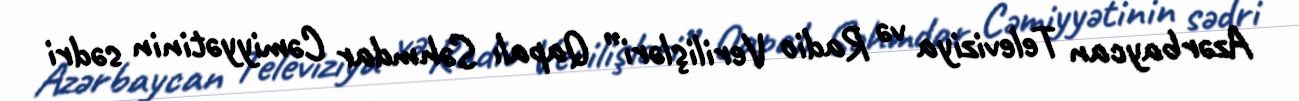
Azərbaycan Televiziya və Radio Verilişləri” Qapalı Səhmdar Cəmiyyətinin sədri